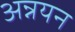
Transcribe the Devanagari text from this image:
अन्नयन